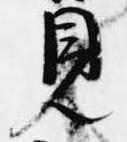
見